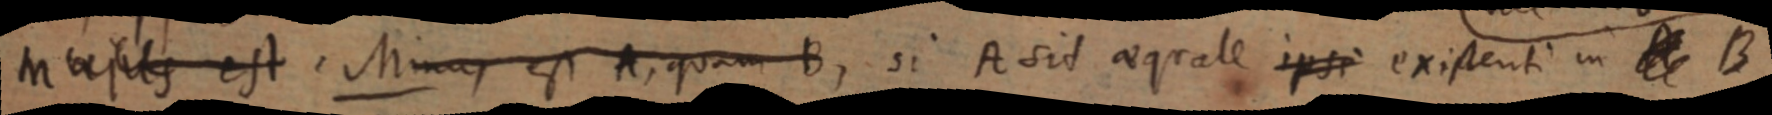
Majus est. Minus est A, quam B, si A sit aequale ipsi existenti in A B